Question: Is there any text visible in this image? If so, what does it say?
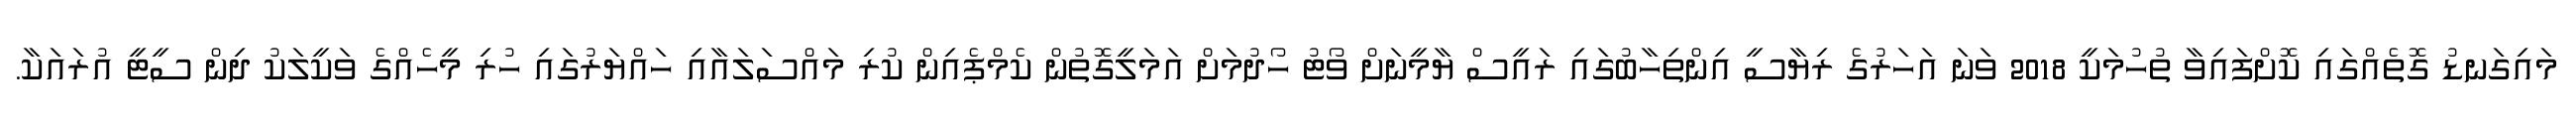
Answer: މައިގަނޑު ގޮތެއްގައި ކޮށްފައިވާ ތުހުމަކީ 2018 ވަނަ އަހަރުގެ ރިޔާސީ އިންތިހާބުގައި ރައީސް ޔާމީނަށް ވޯޓު ހޯދުމަށް އަމަލީގޮތުން ކެމްޕެއިން ކުރި މައްސަލައާއި ހައްޔަރުގައި ހުރި މީހެއްގެ ވަކީލަކު ދިން ސީޓީ އުރައަކާ.